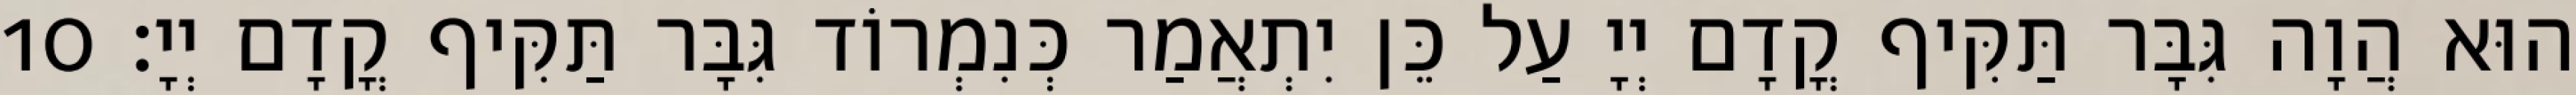
הוּא הֲוָה גִּבָּר תַּקִּיף קֳדָם יְיָ עַל כֵּן יִתְאֲמַר כְּנִמְרוֹד גִּבָּר תַּקִּיף קֳדָם יְיָ׃ 10